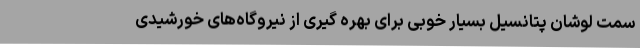
سمت لوشان پتانسیل بسیار خوبی برای بهره گیری از نیروگاه‌های خورشیدی